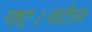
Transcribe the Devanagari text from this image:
गए।पटेल